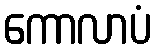
ကောလာပံ